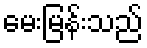
မေးမြန်းသည်